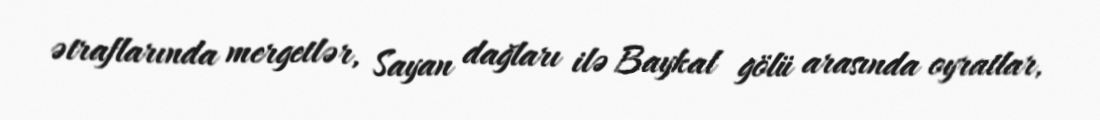
ətraflarında mergetlər, Sayan dağları ilə Baykal gölü arasında oyratlar,